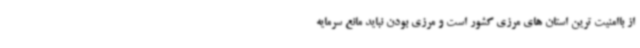
از باامنیت ترین استان های مرزی کشور است و مرزی بودن نباید مانع سرمایه